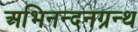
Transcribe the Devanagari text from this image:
अभिनन्दनग्रन्थ